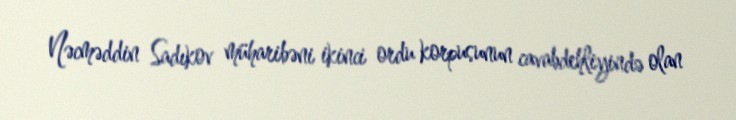
Nəcməddin Sadıkov müharibəni ikinci ordu korpusunun cavabdehliyində olan